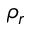
\rho _ { r }